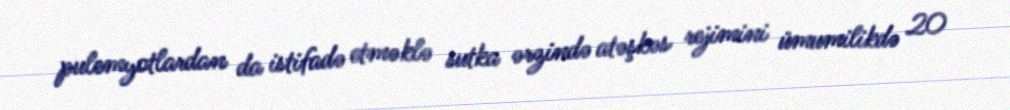
pulemyotlardan da istifadə etməklə sutka ərzində atəşkəs rejimini ümumilikdə 20